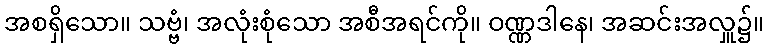
အစရှိသော။ သဗ္ဗံ၊ အလုံးစုံသော အစီအရင်ကို။ ဝဏ္ဏဒါနေ၊ အဆင်းအလှူ၌။